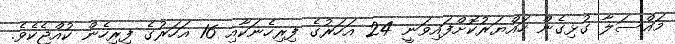
މައްސަލާ ގުޅިގެން ހައްޔަރުކޮށްފައިވަނީ 24 އަހަރުގެ ފިރިހެނަކާއި 16 އަހަރުގެ ފިރިހެން ކުއްޖެކެވެ.